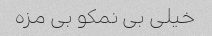
خیلی بی نمکو بی مزه